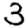
Digit: 3